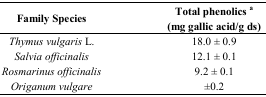
| Family Species | Total phenolics a (mg gallic acid/g ds) |
 | --- | --- |
 | Thymus vulgaris L. | 18.0 ± 0.9 |
 | Salvia officinalis | 12.1 ± 0.1 |
 | Rosmarinus officinalis | 9.2 ± 0.1 |
 | Origanum vulgare | ±0.2 |